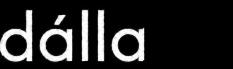
dálla